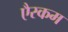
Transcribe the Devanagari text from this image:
एैस्कम